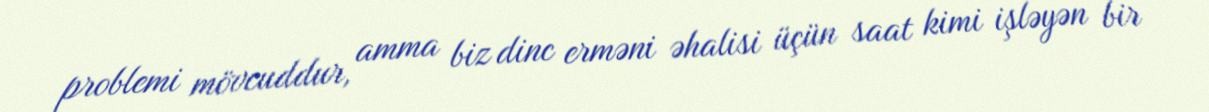
problemi mövcuddur, amma biz dinc erməni əhalisi üçün saat kimi işləyən bir